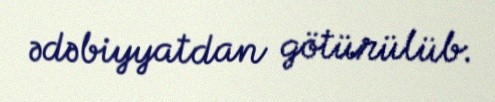
ədəbiyyatdan götürülüb.